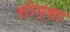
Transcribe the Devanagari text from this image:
सोम्सा